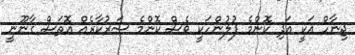
ޖިނާހް އަކީ އަދި ކޮންމެ ފުލުންހަކީ ވެސް ކޮންމެ ސަރުކާރެއް އޮތަސް ގާނޫނީ